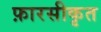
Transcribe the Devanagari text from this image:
फ़ारसीकृत